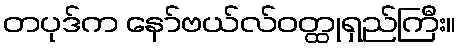
တပုဒ်က နော်ဗယ်လ်ဝတ္ထုရှည်ကြီး။